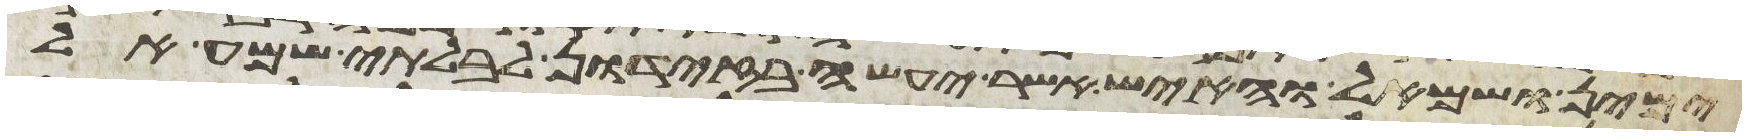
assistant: ימין ושמאל והאיש אשר יעשה בזדון לבלתי שמע אל